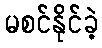
မစင်နိုင်ခဲ့